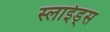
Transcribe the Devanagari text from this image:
स्लाईड्स